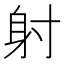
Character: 射